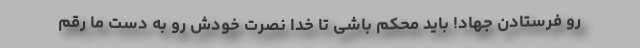
رو فرستادن جهاد! باید محکم باشی تا خدا نصرت خودش رو به دست ما رقم